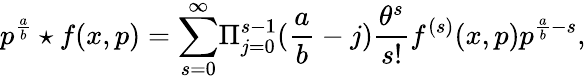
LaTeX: {p^{\frac{a}{b}}\star f(x,p)}={\sum_{s=0}^{\infty}}{\Pi_{j=0}^{s-1}}({\frac{a}{b}}-j){\frac{\theta^{s}}{s!}}f^{(s)}(x,p)p^{\frac{a}{b}-s},